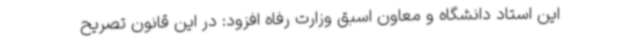
این استاد دانشگاه و معاون اسبق وزارت رفاه افزود: در این قانون تصریح